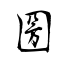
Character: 圀